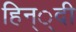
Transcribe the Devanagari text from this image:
हिन््दी